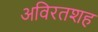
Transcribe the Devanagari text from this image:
अविरतशह